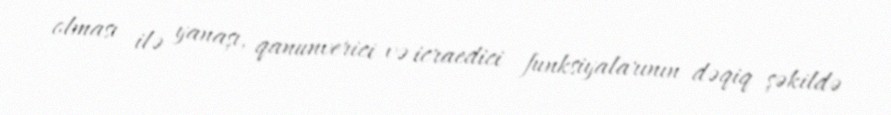
olması ilə yanaşı, qanunverici və icraedici funksiyalarının dəqiq şəkildə